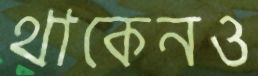
থাকেনও